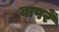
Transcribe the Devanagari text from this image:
वापरें